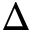
\Delta